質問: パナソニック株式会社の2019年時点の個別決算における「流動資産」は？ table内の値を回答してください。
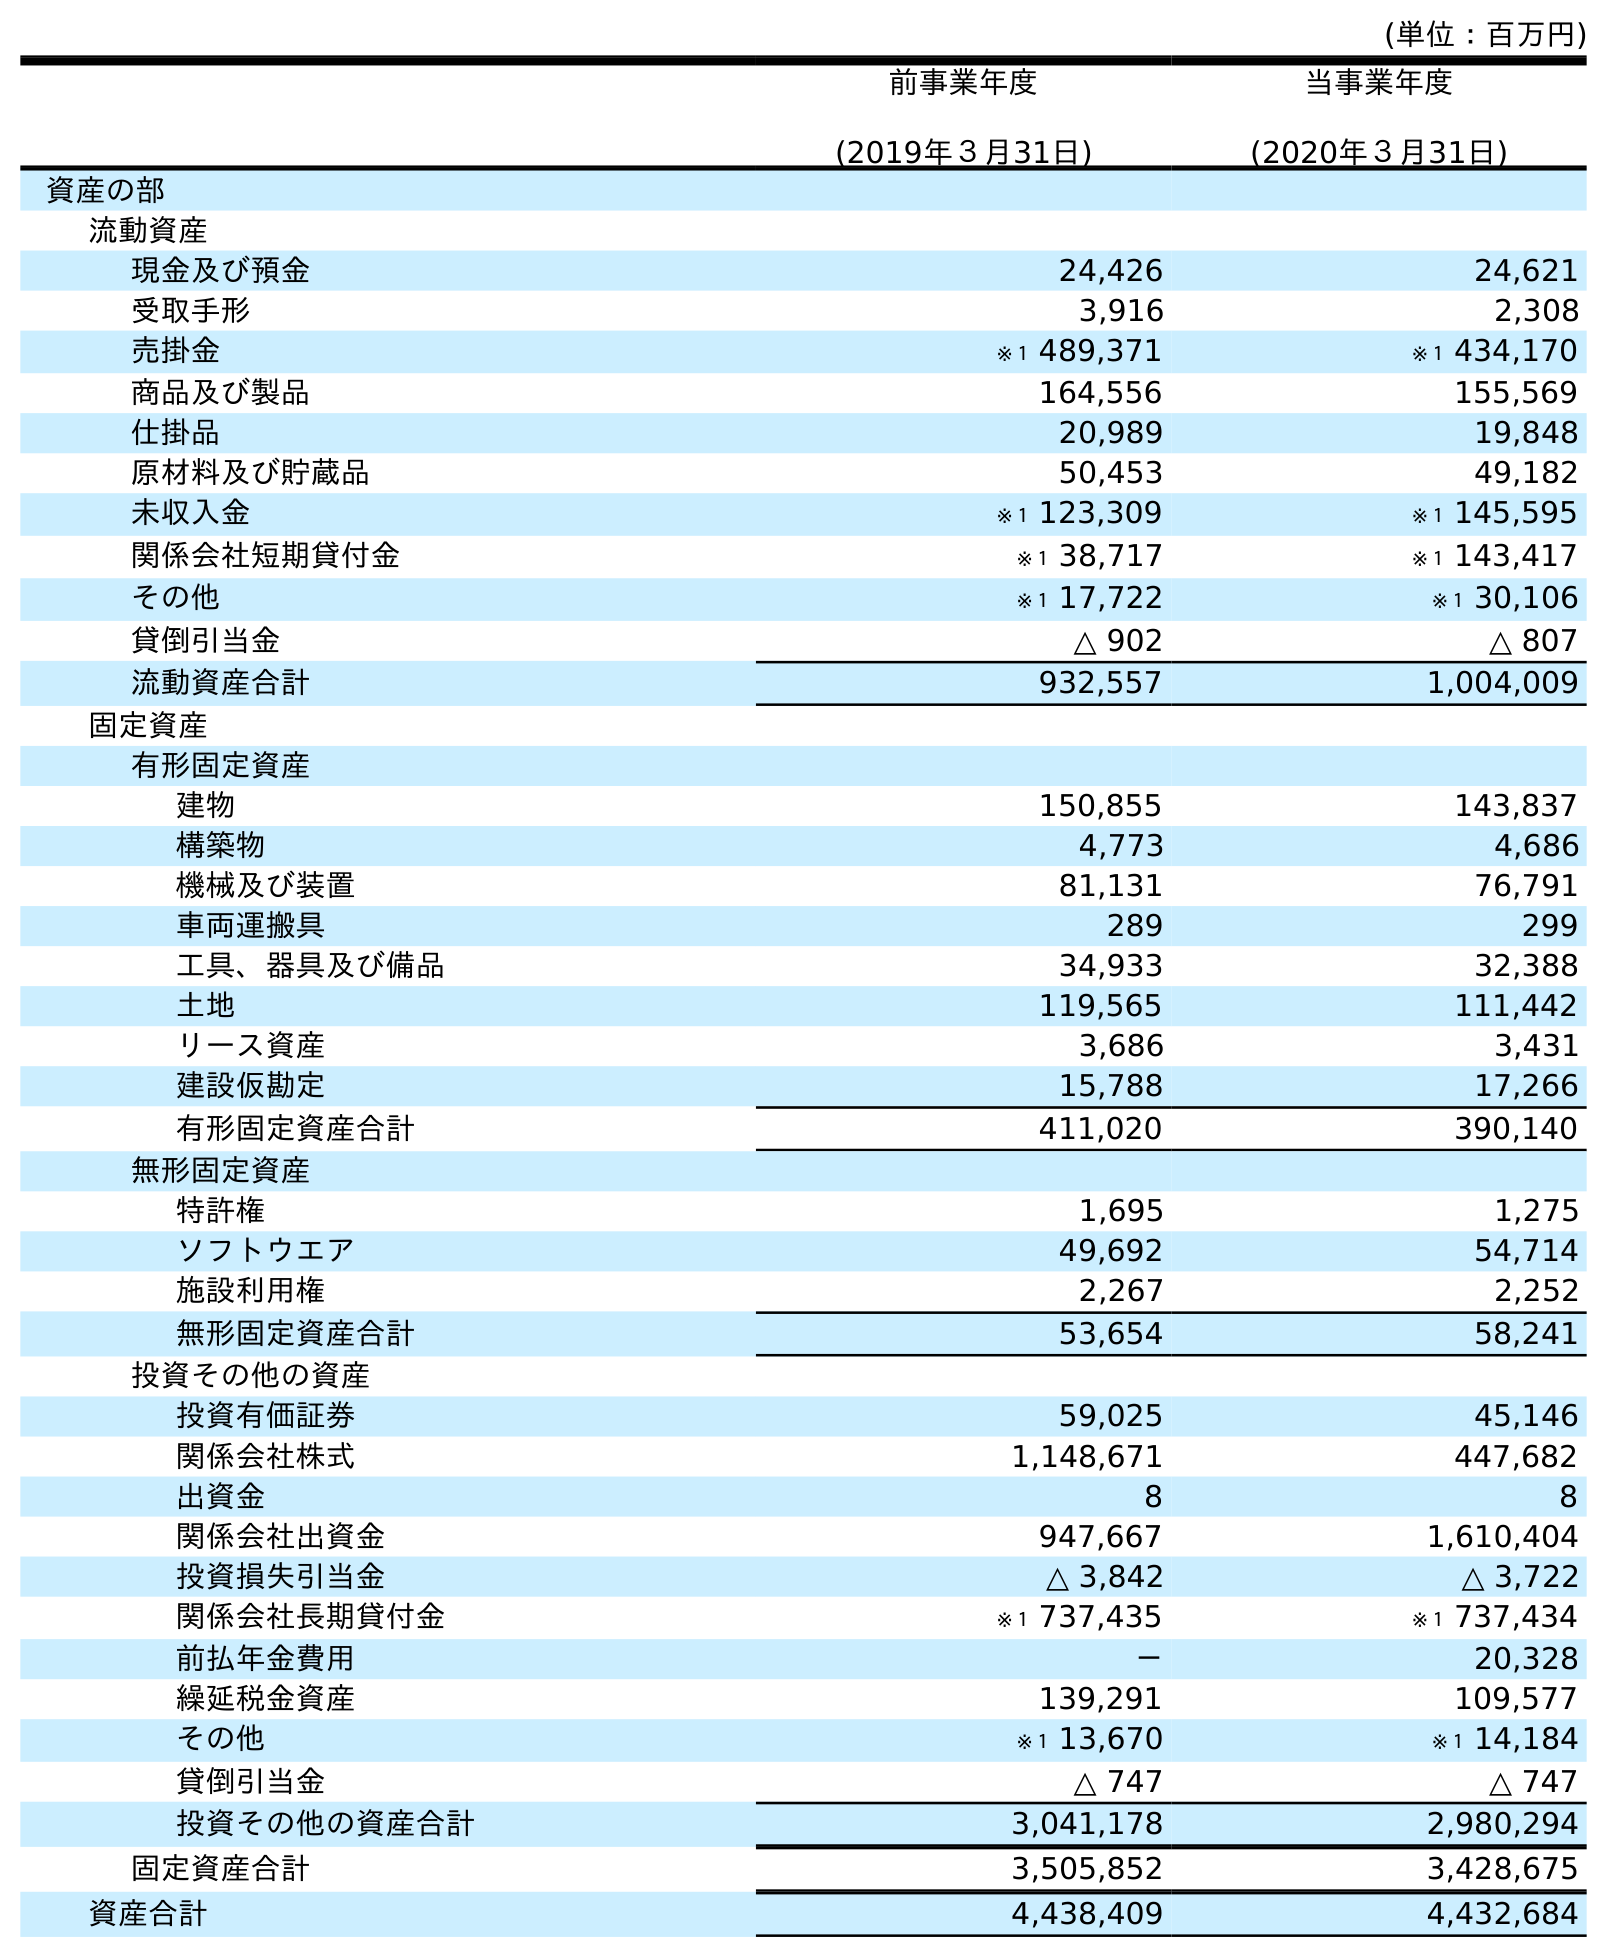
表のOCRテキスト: (単位：百万円) 前事業年度 (2019年３月31日) 当事業年度 (2020年３月31日) 資産の部 流動資産 現金及び預金 24,426 24,621 受取手形 3,916 2,308 売掛金 ※１ 489,371 ※１ 434,170 商品及び製品 164,556 155,569 仕掛品 20,989 19,848 原材料及び貯蔵品 50,453 49,182 未収入金 ※１ 123,309 ※１ 145,595 関係会社短期貸付金 ※１ 38,717 ※１ 143,417 その他 ※１ 17,722 ※１ 30,106 貸倒引当金 △ 902 △ 807 流動資産合計 932,557 1,004,009 固定資産 有形固定資産 建物 150,855 143,837 構築物 4,773 4,686 機械及び装置 81,131 76,791 車両運搬具 289 299 工具、器具及び備品 34,933 32,388 土地 119,565 111,442 リース資産 3,686 3,431 建設仮勘定 15,788 17,266 有形固定資産合計 411,020 390,140 無形固定資産 特許権 1,695 1,275 ソフトウエア 49,692 54,714 施設利用権 2,267 2,252 無形固定資産合計 53,654 58,241 投資その他の資産 投資有価証券 59,025 45,146 関係会社株式 1,148,671 447,682 出資金 8 8 関係会社出資金 947,667 1,610,404 投資損失引当金 △ 3,842 △ 3,722 関係会社長期貸付金 ※１ 737,435 ※１ 737,434 前払年金費用 － 20,328 繰延税金資産 139,291 109,577 その他 ※１ 13,670 ※１ 14,184 貸倒引当金 △ 747 △ 747 投資その他の資産合計 3,041,178 2,980,294 固定資産合計 3,505,852 3,428,675 資産合計 4,438,409 4,432,684
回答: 932,557